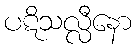
ပဋိသလ္လီနော